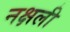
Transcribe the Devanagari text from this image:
नक्षली